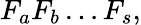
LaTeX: F_{a}F_{b}\dots F_{s},